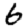
Digit: 6